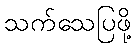
သက်သေပြဖို့